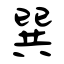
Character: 巽